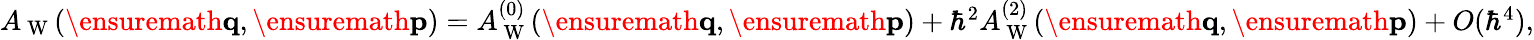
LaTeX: \begin{array}{r}{A_{\mathrm{~W~}}(\ensuremath{\mathbf{q}},\ensuremath{\mathbf{p}})=A_{\mathrm{~W~}}^{(0)}(\ensuremath{\mathbf{q}},\ensuremath{\mathbf{p}})+\hbar^{2}A_{\mathrm{~W~}}^{(2)}(\ensuremath{\mathbf{q}},\ensuremath{\mathbf{p}})+O(\hbar^{4}),}\end{array}